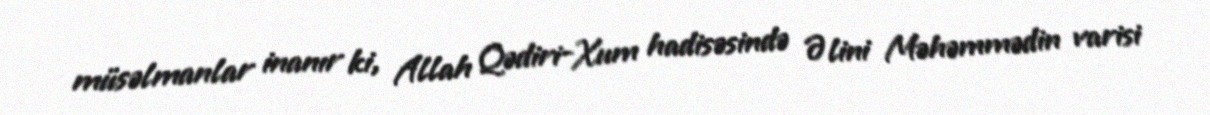
müsəlmanlar inanır ki, Allah Qədiri-Xum hadisəsində Əlini Məhəmmədin varisi